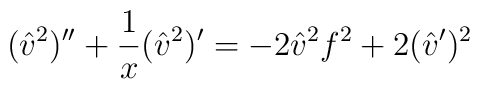
({\hat v}^2)'' + {1 \over x} ({\hat v}^2)' = -2 {\hat v}^2 f^2+ 2 ({\hat v}')^2